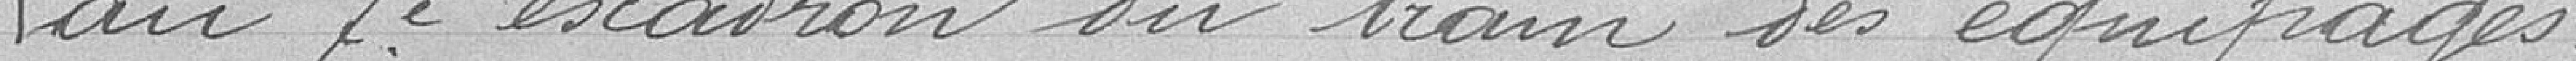
au 7ème escadron du train des équipages.